Specificity of antivenomous sera (second communication) - Number 10
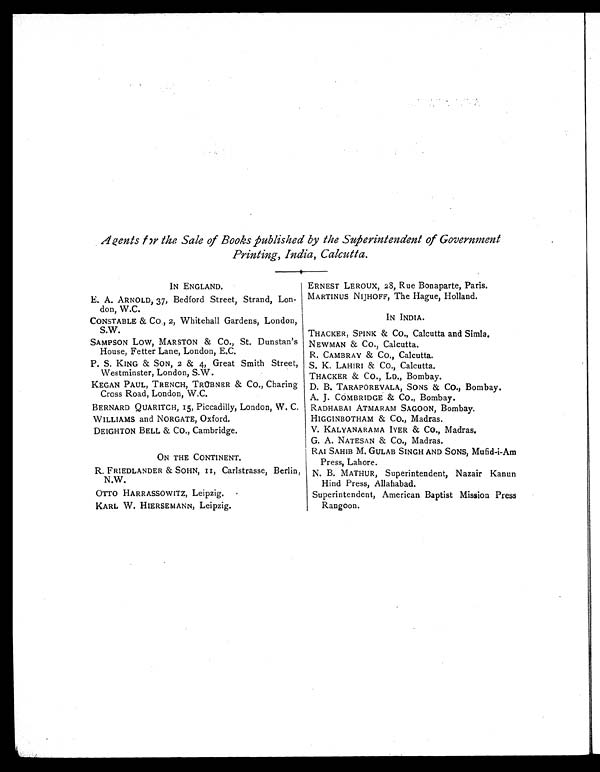
Agents for the Sale of Books published by the Superintendent of Government
Printing, India, Calcutta.
IN ENGLAND.
ERNEST LEROUX, 28, Rue Bonaparte, Paris.
E. A. ARNOLD, 37, Bedford Street, Strand, Lon-
don, W.C.
MARTINUS NIJHOFF, The Hague, Holland.
CONSTABLE & CO., 2, Whitehall Gardens, London,
S.W.
IN INDIA.
THACKER, SPINK & CO., Calcutta and Simla.
SAMPSON LOW, MARSTON & CO., St. Dunstan's
House, Fetter Lane, London, E.C.
NEWMAN & CO., Calcutta.
R. CAMBRAY & CO., Calcutta.
P. S. KING & SON, 2 & 4, Great Smith Street,
Westminster, London, S.W.
S. K. LAHIRI & CO., Calcutta.
THACKER & CO., LD., Bombay.
KEGAN PAUL, TRENCH, TRÜBNER & CO., Charing
Cross Road, London, W.C.
D. B. TARAPOREVALA, SONS & CO., Bombay.
A. J. COMBRIDGE & CO., Bombay.
BERNARD QUARITCH, 15, Piccadilly, London, W. C. RADHABAI ATMARAM SAGOON, Bombay.
WILLIAMS and NORGATE, Oxford.
HIGGINBOTHAM & CO., Madras.
DEIGHTON BELL & CO., Cambridge.
V. KALYANARAMA IYER & CO., Madras.
G. A. NATESAN & CO., Madras.
ON THE CONTINENT.
RAI SAHIB M. GULAB SINGH AND SONS, Mufid-i-Am
Press, Lahore.
R. FRIEDLANDER & SOHN, II, Carlstrasse, Berlin,
N.W.
N. B. MATHUR, Superintendent, Nazair Kanun
Hind Press, Allahabad.
OTTO HARRASSOWITZ, Leipzig.
Superintendent, American Baptist Mission Press
Rangoon.
KARL W. HIERSEMANN, Leipzig.